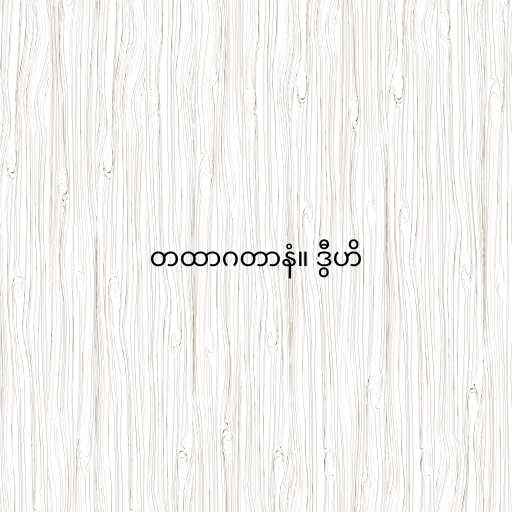
တထာဂတာနံ။ ဒွီဟိ